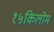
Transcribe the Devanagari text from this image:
१५किलोम